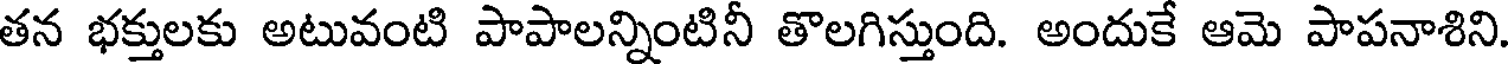
తన భక్తులకు అటువంటి పాపాలన్నింటినీ తొలగిస్తుంది. అందుకే ఆమె పాపనాశిని